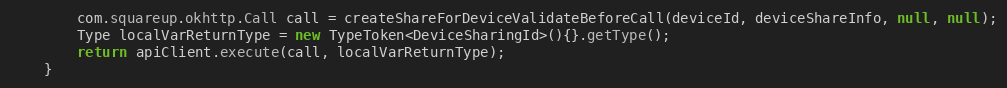
Language: Java
        com.squareup.okhttp.Call call = createShareForDeviceValidateBeforeCall(deviceId, deviceShareInfo, null, null);
        Type localVarReturnType = new TypeToken<DeviceSharingId>(){}.getType();
        return apiClient.execute(call, localVarReturnType);
    }